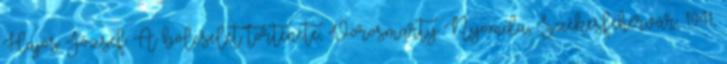
Hajós József: A bölcselet története, Vörösmarty Nyomda, Székesfehérvár, 1941,